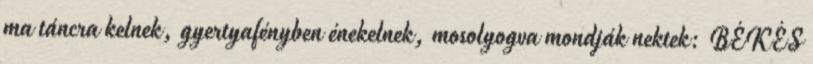
ma táncra kelnek, gyertyafényben énekelnek, mosolyogva mondják nektek: BÉKÉS